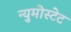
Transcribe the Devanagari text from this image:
न्युमोस्टेट